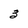
Character: 3